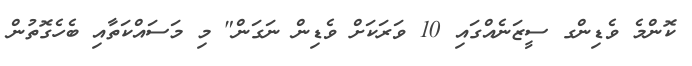
ކޮންމެ ވެޑިންގ ސީޒަނެއްގައި 10 ވަރަކަށް ވެޑިން ނަގަން" މި މަސައްކަތާއި ބެހެގޮތުން